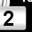
Digit: 2